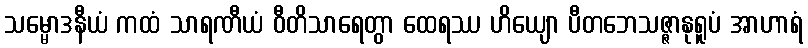
သမ္မောဒနီယံ ကထံ သာရဏီယံ ဝီတိသာရေတွာ ထေရဿ ဟိယျော ပီတဘေသဇ္ဇာနုရူပံ အာဟာရံ